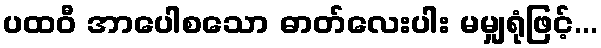
ပထဝီ အာပေါစသော ဓာတ်လေးပါး မမျှရုံဖြင့်...